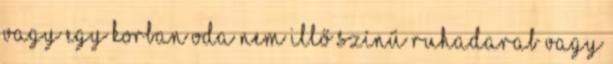
vagy egy korban oda nem illő színű ruhadarab vagy